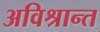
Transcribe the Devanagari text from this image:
अविश्रान्त